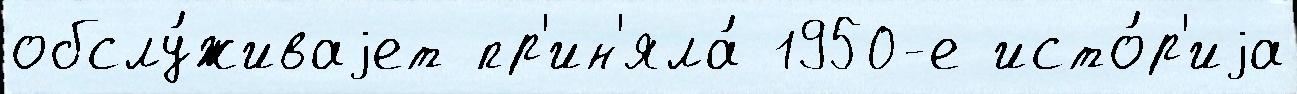
обслу́живаjет пр'ин'яла́ 1950-е исто́р'иjа